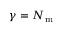
\gamma = N _ { \mathrm { m } }